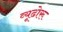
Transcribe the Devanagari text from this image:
व्यूढोरू